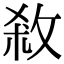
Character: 𭣱